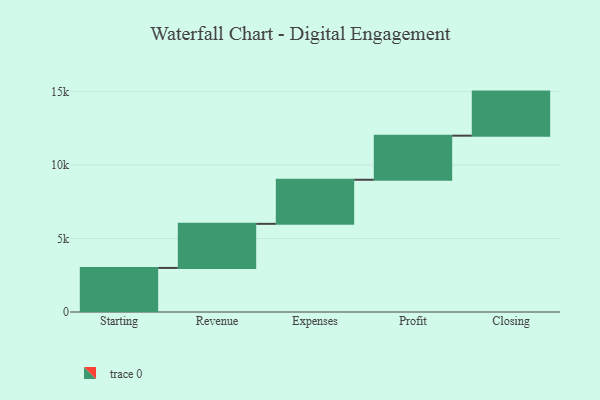
{"axis": {"x": "Step", "y": "Value"}, "legend": [""], "data": [{"x": "Starting", "y": 3000, "type": ""}, {"x": "Revenue", "y": 3000, "type": ""}, {"x": "Expenses", "y": 3000, "type": ""}, {"x": "Profit", "y": 3000, "type": ""}, {"x": "Closing", "y": 3000, "type": ""}]}